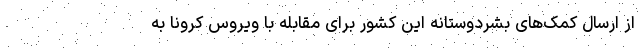
از ارسال کمک‌های بشردوستانه این کشور برای مقابله با ویروس کرونا به